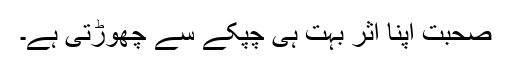
صحبت اپنا اثر بہت ہی چپکے سے چھوڑتی ہے۔